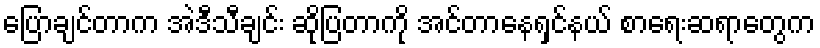
ပြောချင်တာက အဲဒီသီချင်း ဆိုပြတာကို အင်တာနေရှင်နယ် စာရေးဆရာတွေက